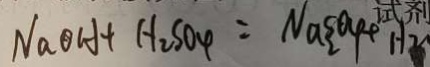
N a O H + H _ { 2 } S O _ { 4 } = N a _ { 2 } \{ O _ { 4 } H _ { 2 }